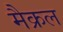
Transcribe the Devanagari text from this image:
मैक्रल